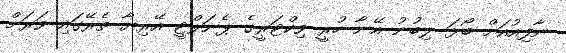
ނާފިއުއަށް ބޯޅަ ލިބުނު އޭނާ ހުރީ ވިކްޓަރީގެ ޕެނަލްޓީ އޭރިޔާ ތެރޭގައި ވަރަށް